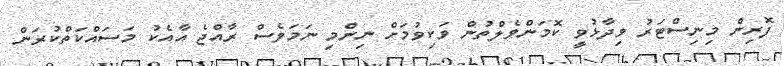
ފޮރިން މިނިސްޓަރު ވިދާޅުވީ ކޮމަންވެލްތުން ވަކިވުމަށް ނިންމި ނަމަވެސް ރާއްޖެ އާއެކު މަސައްކަތްކުރަން